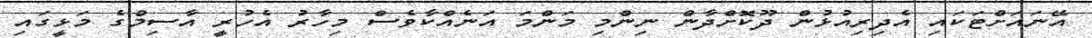
އޭނައަށްޓަކައި އެދިރިއުޅުން ދޫކޮށްދާން ނިންމި މަންމަ އަނެއްކާވެސް މިހާރު އެހުރީ އާސިމްގެ މަޅީގައި